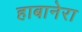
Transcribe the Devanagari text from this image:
हाबानेरा